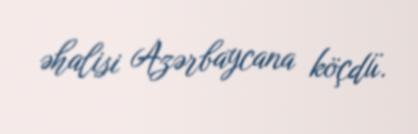
əhalisi Azərbaycana köçdü.